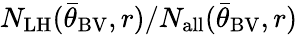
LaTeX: N_{\mathrm{LH}}({\bar{\theta}}_{\mathrm{BV}},r)/N_{\mathrm{all}}({\bar{\theta}}_{\mathrm{BV}},r)